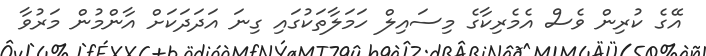
އޭގެ ކުރިން ވެސް އެމެރިކާގެ މިސައިލް ހަމަލާތަކުގައި ގިނަ އަދަދަކަށް އާންމުން މަރުވާ